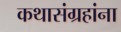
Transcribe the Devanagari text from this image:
कथासंग्रहांना